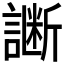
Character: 𲁵